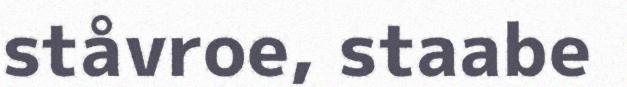
ståvroe, staabe